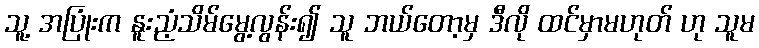
သူ့ အပြုံးက နူးညံ့သိမ်မွေ့လွန်း၍ သူ ဘယ်တော့မှ ဒီလို ထင်မှာမဟုတ် ဟု သူမ